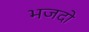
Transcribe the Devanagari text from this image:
भजदो